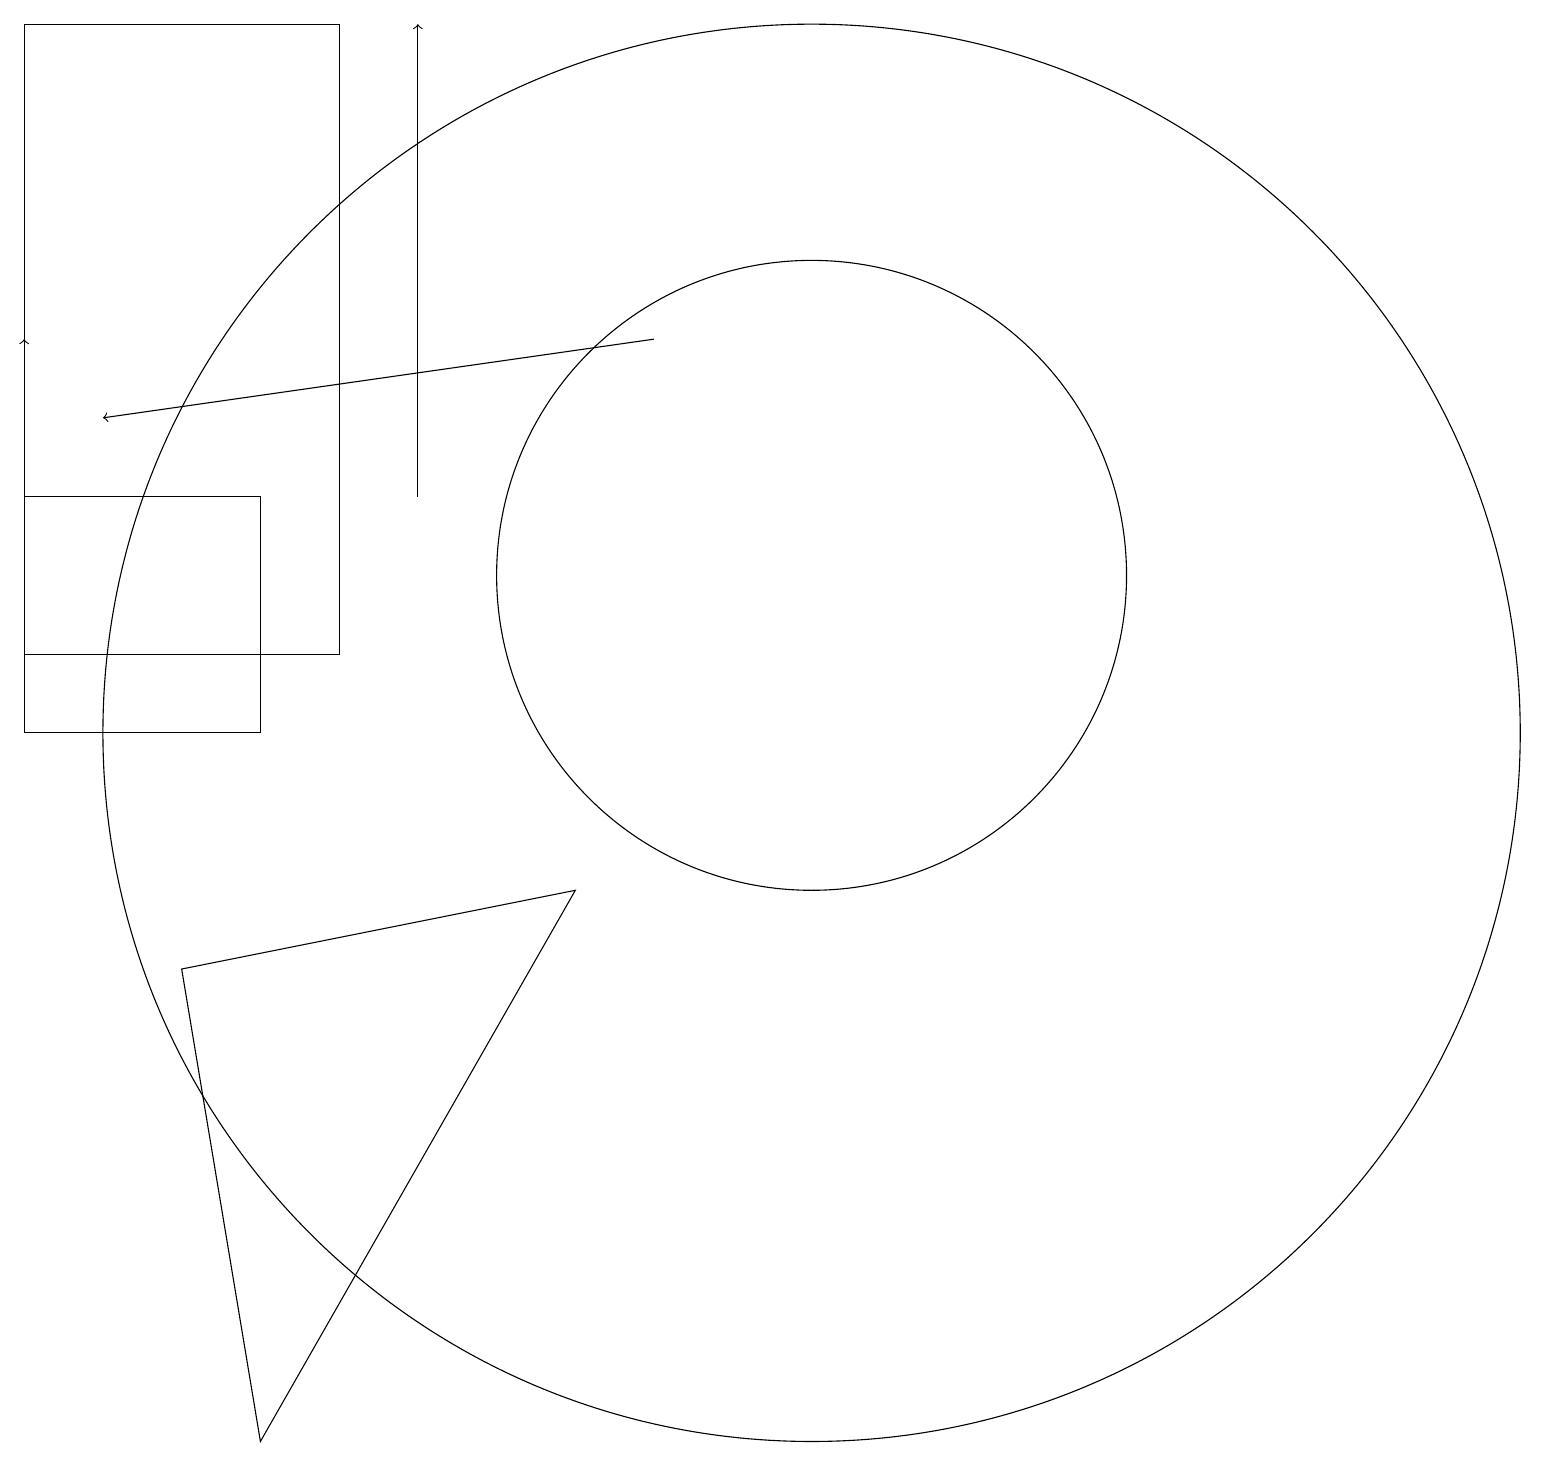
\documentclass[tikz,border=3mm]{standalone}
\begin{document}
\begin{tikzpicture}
\draw (10,10) circle (9);
\draw (0,19) rectangle (4,11);
\draw[->] (8,15) -- (1,14);
\draw (10,12) circle (4);
\draw (0,13) rectangle (3,10);
\draw[->] (5,13) -- (5,19);
\draw (2,7) -- (3,1) -- (7,8) -- cycle;
\draw[->] (0,15) -- (0,15);
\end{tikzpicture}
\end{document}